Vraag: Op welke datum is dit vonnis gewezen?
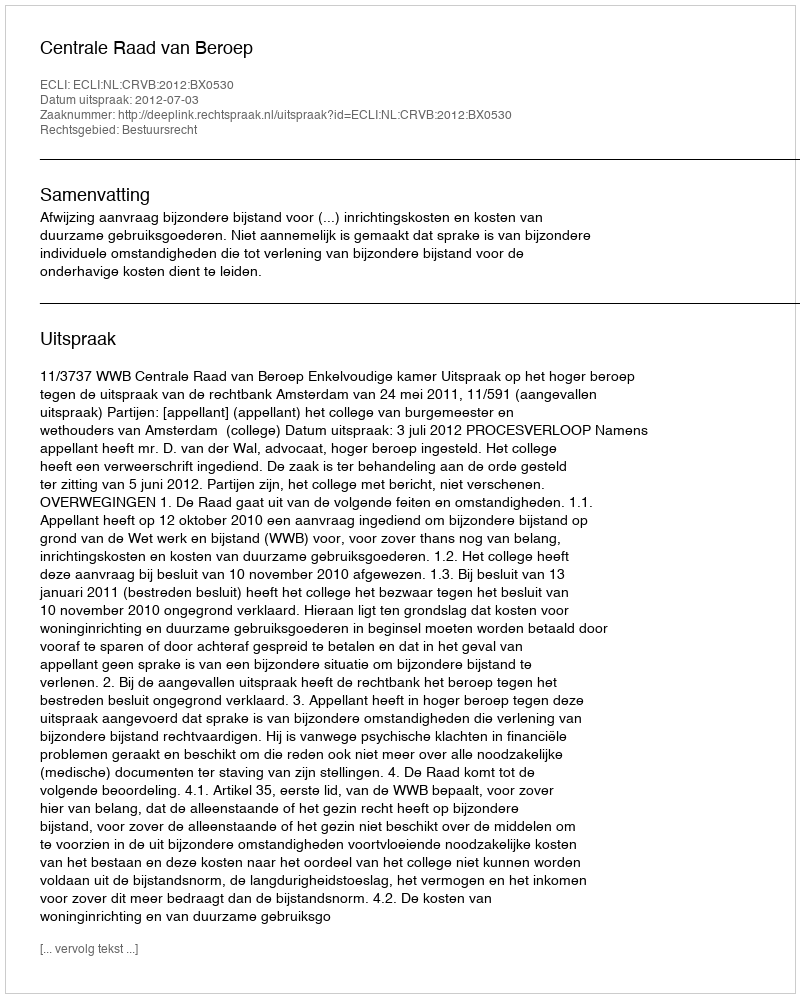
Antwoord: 2012-07-03